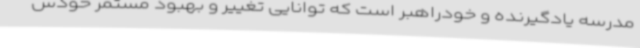
مدرسه یادگیرنده و خودراهبر است که توانایی تغییر و بهبود مستمر خودش